NAE_EAOK_eestikeelsed_sunnimeetrikad, lk 41
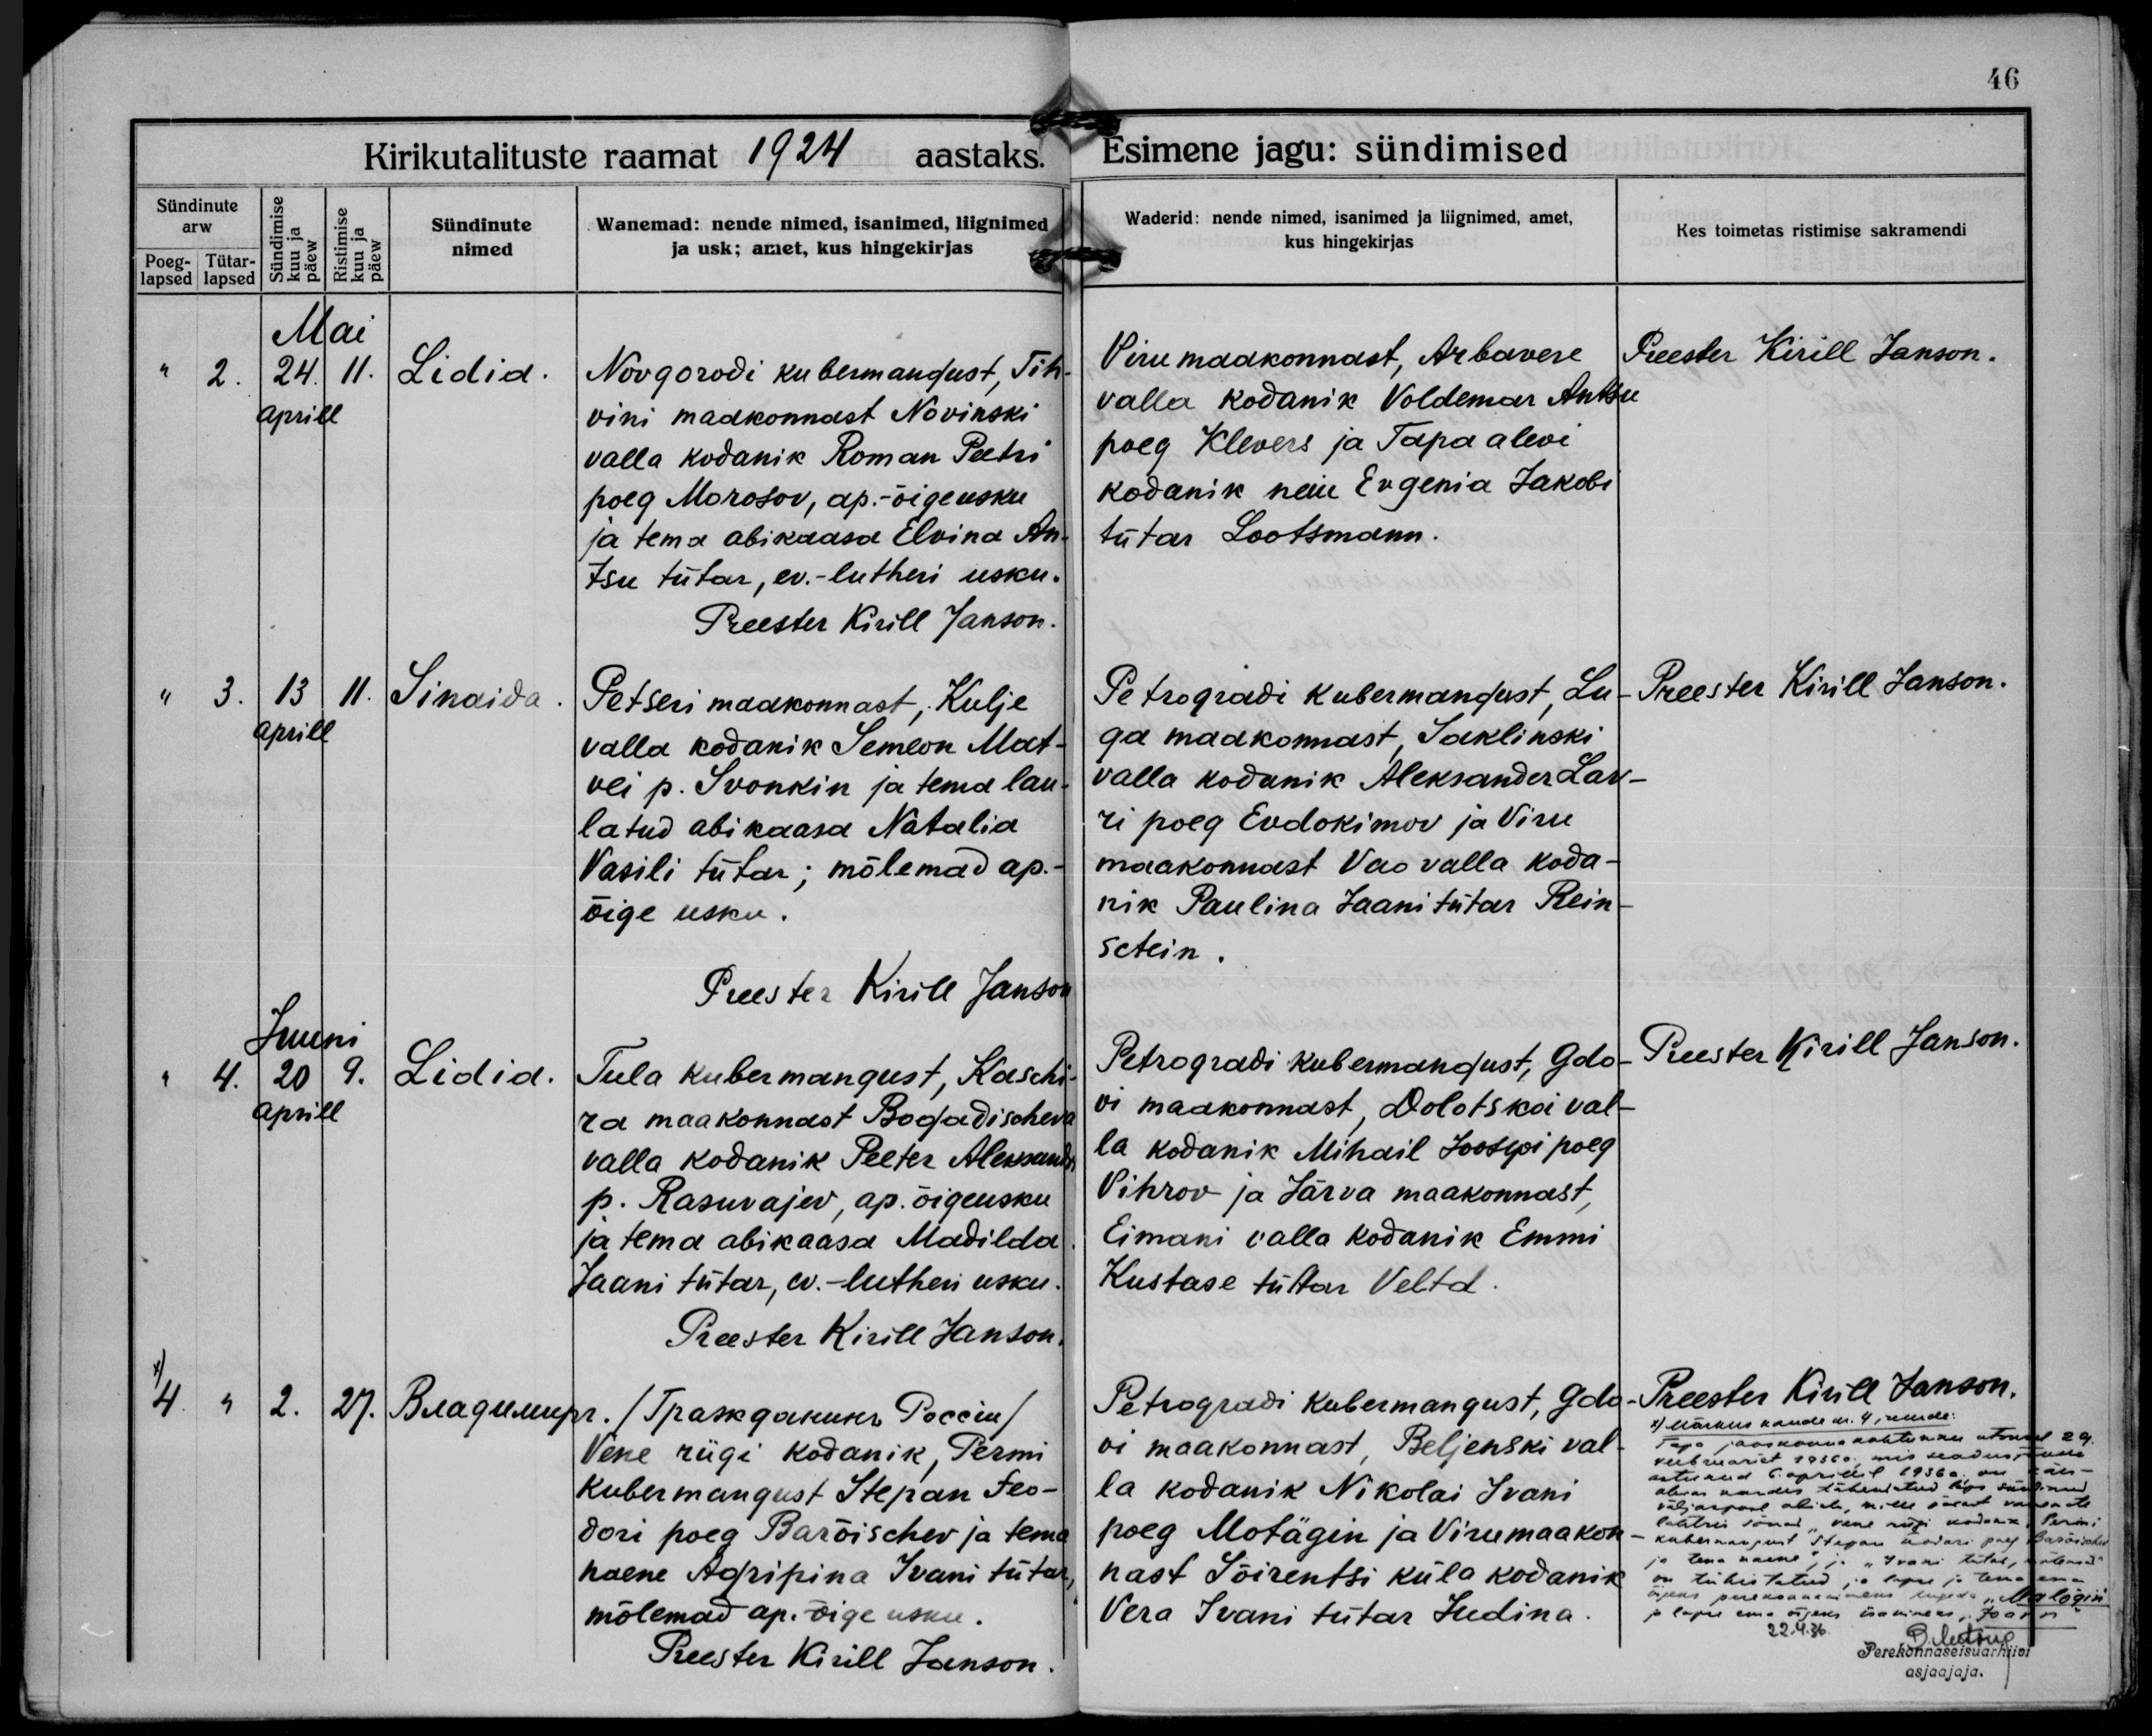
Lidia.

Sinaida.

Lidia.

Владимиръ.

Novgorodi kubermangust, Sih-
vini maakonnast Novinski
valla kodanik Roman Peetri
poeg Morosov, ap.-õigeusku
ja tema abikaasa Elvina An-
tsu tütar, ev.-lutheri usku.

Petseri maakonnast, Kulje
valla kodanik Semeon Mat-
vei p. Ivonkin ja tema lau-
latud abikaasa Natalia
Vassili tütar; mõlemad ap.-
õige usku.

Tula kubermangust, Kaschi-
ra maakonnast Bogadischeva
valla kodanik Peeter Aleksandr
p. Rasurajev, ap. õigeusku
ja tema abikaasa Matulda
Jaani tütar, ev.-lutheri usku.

Vene riigi kodanik, Permi
kubermangust Stepan Feo-
dori poeg Barõischev ja tema
naene Agripina Ivani tütar,
mõlemad ap. õige usku.